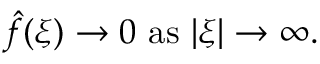
{ \hat { f } } ( \xi ) \to 0 { \mathrm { ~ a s ~ } } | \xi | \to \infty .